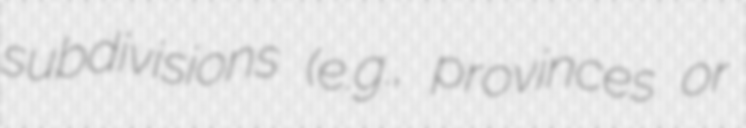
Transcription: subdivisions (e.g., provinces or